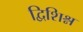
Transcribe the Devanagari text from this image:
द्विशिश्न